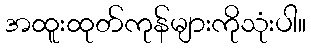
အထူးထုတ်ကုန်များကိုသုံးပါ။